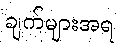
ချက်များအရ